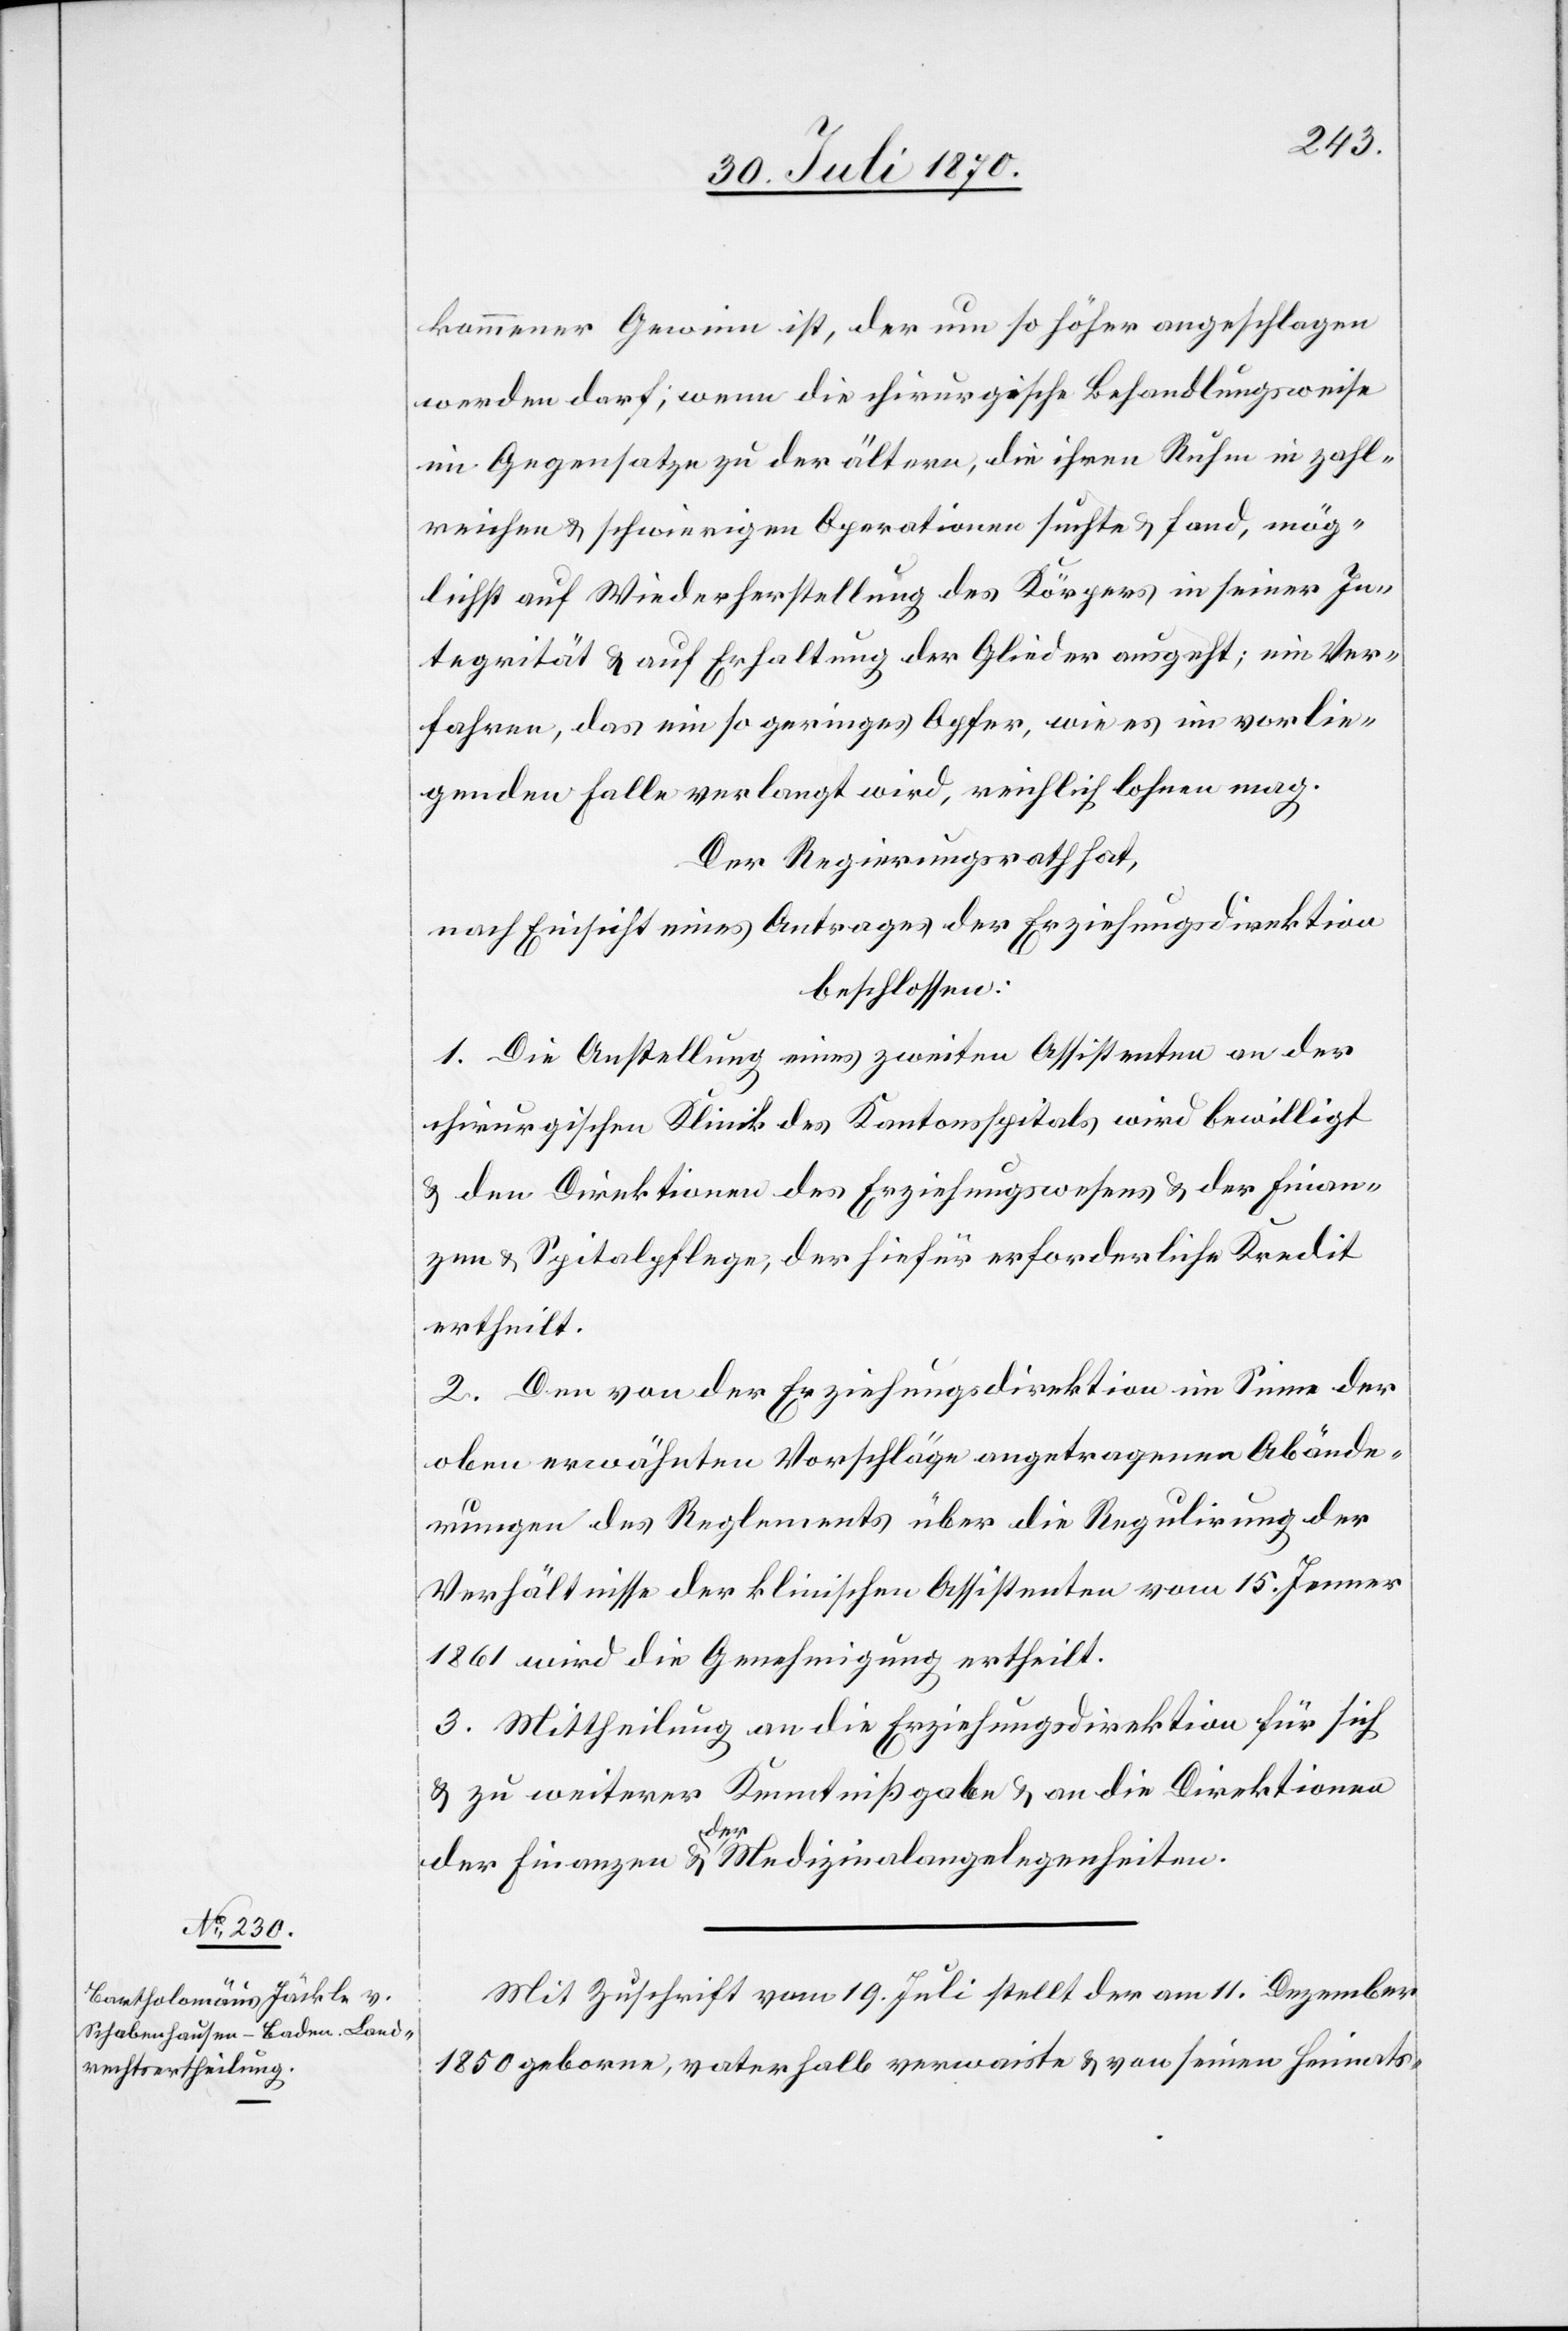
kommener Gewinn ist, der um so höher angeschlagen
werden darf, wenn die chirurgische Behandlungsweise
im Gegensatze zu der ältern, die ihren Ruhm in zahl¬
reichen & schwierigen Operationen suchte & fand, mög¬
lichst auf Wiederherstellung des Körpers in seiner In¬
tegrität & auf Erhaltung der Glieder ausgeht; ein Ver¬
fahren, das ein so geringes Opfer, wie es im vorlie¬
genden Falle verlangt wird, wirklich lohnen mag.
Der Regierungsrath hat,
nach Einsicht eines Antrages der Erziehungsdirektion
beschlossen:
1. Die Anstellung eines zweiten Assistenten an der
chirurgischen Klinik des Kantonsspitals wird bewilligt
& den Direktionen des Erziehungswesens & der Finan¬
zen & Spitalpflege, der hiefür erforderliche Kredit
ertheilt.
2. Dem von der Erziehungsdirektion im Sinne der
oben erwähnten Vorschläge angetragenen Abände¬
rungen des Reglements über die Regulirung der
Verhältnisse der klinischen Assistenten vom 15. Jenner
1861 wird die Genehmigung ertheilt.
3. Mittheilung an die Erziehungsdirektion für sich
& zu weiterer Kenntnißgabe & an die Direktion
der Finanzen & a-der-a Medizinalangelegenheiten.
Mit Zuschrift vom 19. Juli stellt der am 11. Dezember
1850 gebor[e]ne, vaterhalb verwaiste & von seinen Heimats-